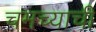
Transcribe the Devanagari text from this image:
चमच्याची